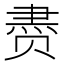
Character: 𰷧